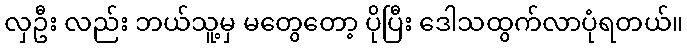
လှဦး လည်း ဘယ်သူ့မှ မတွေတော့ ပိုပြီး ဒေါသထွက်လာပုံရတယ်။